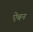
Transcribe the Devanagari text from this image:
ऐबन